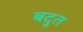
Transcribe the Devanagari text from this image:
बदुत